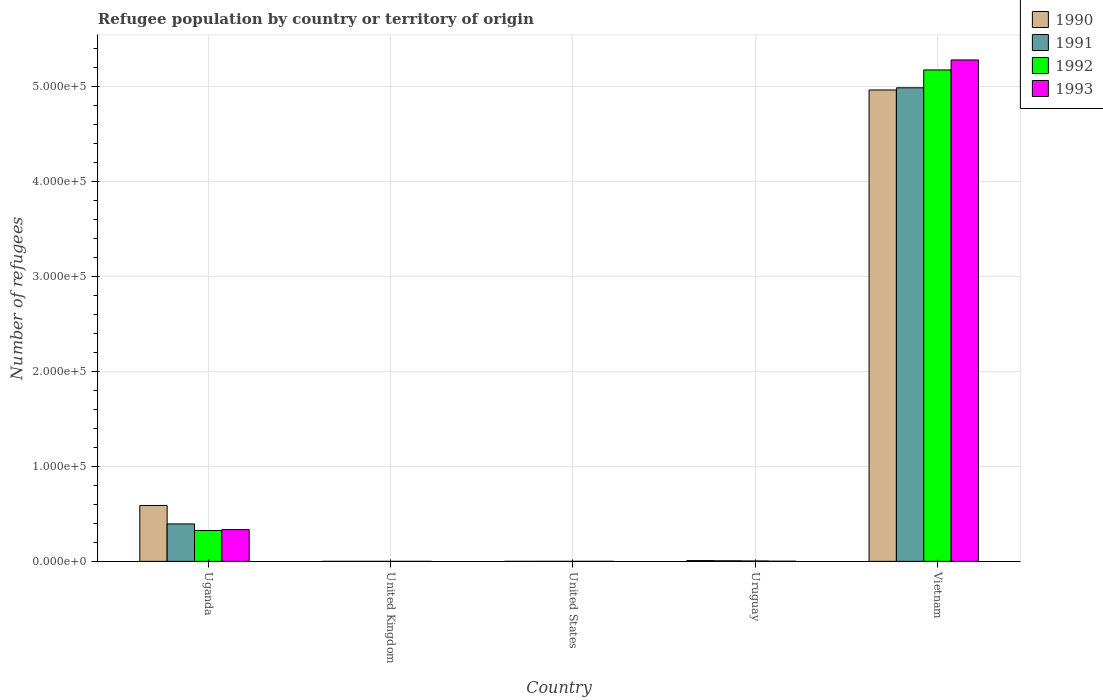
| Country | 1990 | 1991 | 1992 | 1993 |
 | --- | --- | --- | --- | --- |
 | Uganda | 5.88e+04 | 3.94e+04 | 3.25e+04 | 3.34e+04 |
 | United Kingdom | 1 | 1 | 1 | 2 |
 | United States | 1 | 8 | 10 | 12 |
 | Uruguay | 842 | 601 | 429 | 162 |
 | Vietnam | 4.96e+05 | 4.98e+05 | 5.17e+05 | 5.28e+05 |